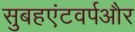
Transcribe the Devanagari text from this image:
सुबहएंटवर्पऔर